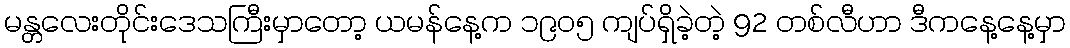
မန္တလေးတိုင်းဒေသကြီးမှာတော့ ယမန်နေ့က ၁၉၀၅ ကျပ်ရှိခဲ့တဲ့ 92 တစ်လီဟာ ဒီကနေ့နေ့မှာ